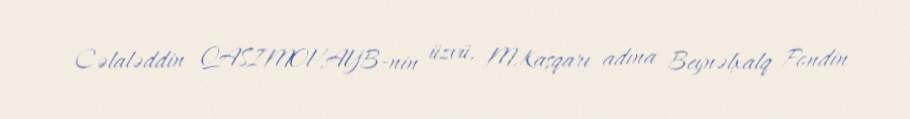
Cəlaləddin QASIMOV,AYB-nin üzvü, M.Kaşqarı adına Beynəlxalq Fondin